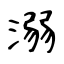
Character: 溺